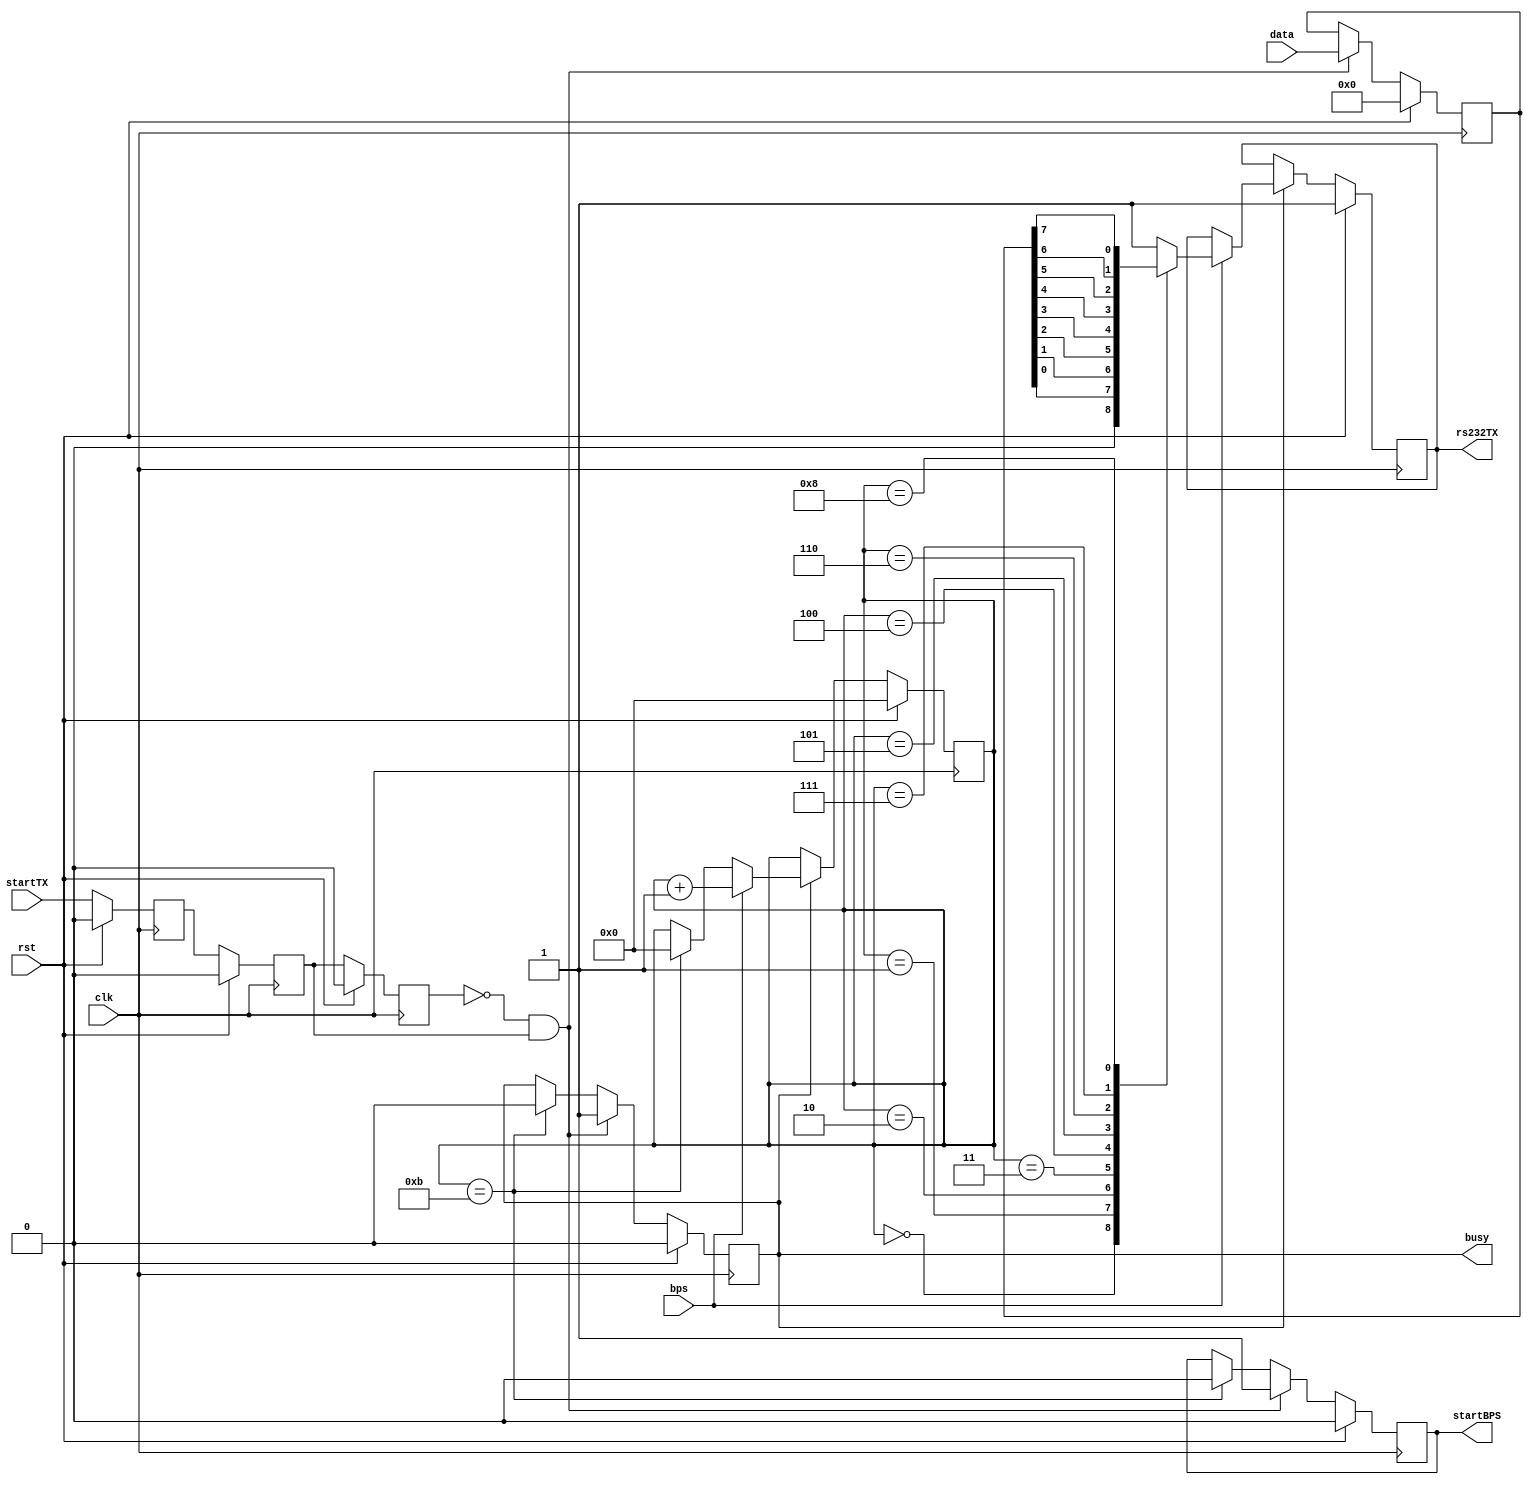
module RS232TX (
    input wire clk,
    input wire rst,
    output reg rs232TX,
    input wire[7:0] data,
    input wire startTX,
    output reg busy,
    input wire bps,
    output reg startBPS
    );

reg startTX0, startTX1, startTX2;
always @(posedge clk) begin
    if (rst) begin
        startTX0 <= 1'b0;
        startTX1 <= 1'b0;
        startTX2 <= 1'b0;
    end else begin
        startTX0 <= startTX;
        startTX1 <= startTX0;
        startTX2 <= startTX1;
    end
end
wire startTXPosEdge = ~startTX2 & startTX1;

reg[7:0] txData;
reg[3:0] state;

always @(posedge clk) begin
    if (rst) begin
        startBPS <= 1'b0;
        busy <= 1'b0;
        txData <= 8'b0;
    end else if (startTXPosEdge) begin
        startBPS <= 1'b1;
        txData <= data;
        busy <= 1'b1;
    end else if (state == 4'd11) begin
        startBPS <= 1'b0;
        busy <= 1'b0;
    end
end

always @(posedge clk) begin
    if (rst) begin
        state <= 4'b0;
        rs232TX <= 1'b1;
    end
    else if (busy) begin
        if (bps) begin
            state <= state + 1;
            case (state)
                4'd0: rs232TX <= 1'b0;
                4'd1: rs232TX <= txData[0];
                4'd2: rs232TX <= txData[1];
                4'd3: rs232TX <= txData[2];
                4'd4: rs232TX <= txData[3];
                4'd5: rs232TX <= txData[4];
                4'd6: rs232TX <= txData[5];
                4'd7: rs232TX <= txData[6];
                4'd8: rs232TX <= txData[7];
                4'd9: rs232TX <= 1'b1;
                default: rs232TX <= 1'b1;
            endcase
        end else if (state == 4'd11) state <= 4'd0;
    end
end

endmodule